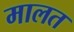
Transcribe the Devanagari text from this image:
मालत